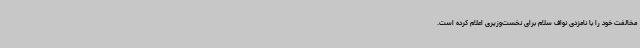
مخالفت خود را با نامزدی نواف سلام برای نخست‌وزیری اعلام کرده است.